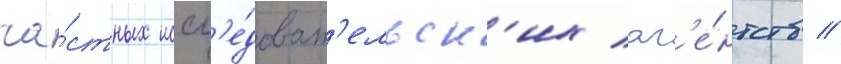
ча́стных иссл'е́доват'ельск'их аг'е́нтств //